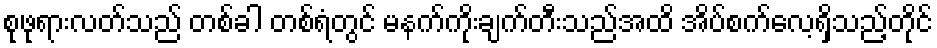
စုဖုရားလတ်သည် တစ်ခါ တစ်ရံတွင် မနက်ကိုးချက်တီးသည်အထိ အိပ်စက်လေ့ရှိသည့်တိုင်